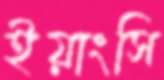
ইয়াংসি